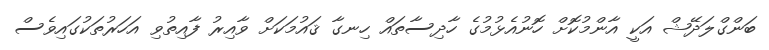
ބަންގްލަދޭޝް އަކީ އާންމުކޮށް ހޮނުއެޅުމުގެ ހާދިސާތައް ހިނގާ ޤައުމަކަށް ވާއިރު ފާއިތުވި އަހަރުތަކުގައިވެސް